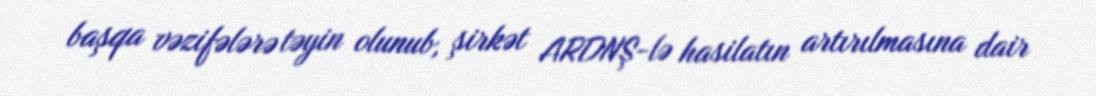
başqa vəzifələrə təyin olunub, şirkət ARDNŞ-lə hasilatın artırılmasına dair